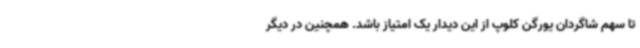
تا سهم شاگردان یورگن کلوپ از این دیدار یک امتیاز باشد. همچنین در دیگر